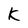
Character: K